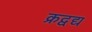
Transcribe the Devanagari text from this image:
क्रद्वद्य